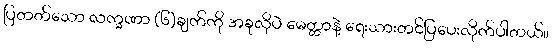
ပြတတ်သော လက္ခဏာ (၆)ချက်ကို အခုလိုပဲ မေတ္တာနဲ့ ရေးသားတင်ပြပေးလိုက်ပါတယ်။